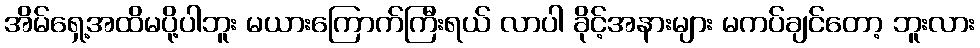
အိမ်ရှေ့အထိမပို့ပါဘူး မယားကြောက်ကြီးရယ် လာပါ ခိုင့်အနားများ မကပ်ချင်တော့ ဘူးလား